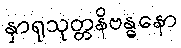
နှာရုသုတ္တနိဗန္ဓနော